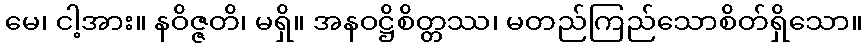
မေ၊ ငါ့အား။ နဝိဇ္ဇတိ၊ မရှိ။ အနဝဋ္ဌိစိတ္တဿ၊ မတည်ကြည်သောစိတ်ရှိသော။